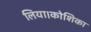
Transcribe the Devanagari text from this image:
लिया।कोशिका